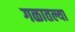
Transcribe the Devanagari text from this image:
गळातल्या